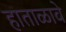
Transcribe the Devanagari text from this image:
हाताळावे